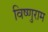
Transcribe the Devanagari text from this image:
विष्णुराम